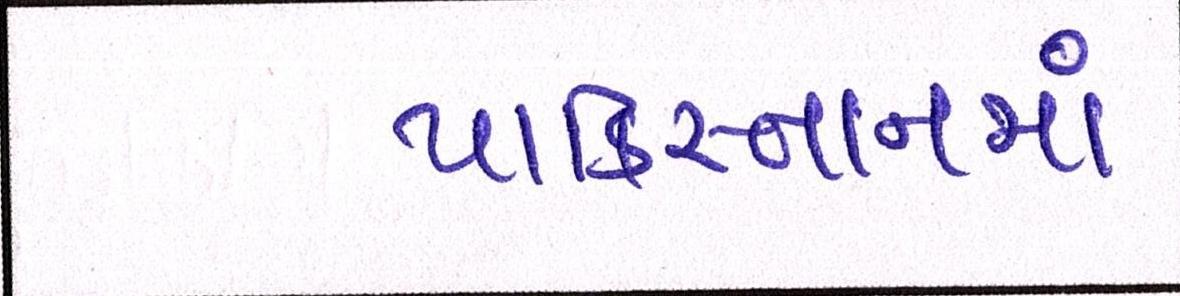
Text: પાકિસ્તાનમાં